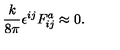
{ \frac { k } { 8 \pi } } \epsilon ^ { i j } F _ { i j } ^ { a } \approx 0 .